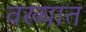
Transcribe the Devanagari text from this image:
वख्यात